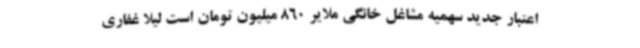
اعتبار جدید سهمیه مشاغل خانگی ملایر 860 میلیون تومان است لیلا غفاری